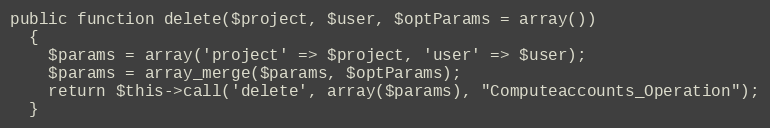
Language: PHP
public function delete($project, $user, $optParams = array())
  {
    $params = array('project' => $project, 'user' => $user);
    $params = array_merge($params, $optParams);
    return $this->call('delete', array($params), "Computeaccounts_Operation");
  }